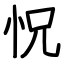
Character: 怳